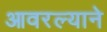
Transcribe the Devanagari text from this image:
आवरल्याने